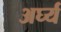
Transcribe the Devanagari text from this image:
अर्घ्य